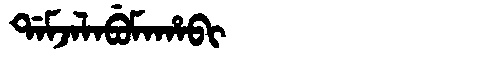
Manchu: ᡩᠠᠮᠵᠠᠯᠠᠪᡠᠮᠠᡥᠠᠪᡳ
Romanization: DAMJALABUMAHABI